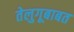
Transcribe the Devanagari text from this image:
तेलुगूबाबत